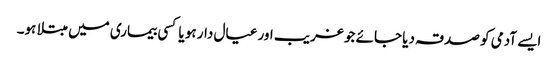
ایسے آدمی کو صدقہ دیا جائے جو غریب اور عیال دار ہو یا کسی بیماری میں مبتلا ہو۔